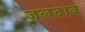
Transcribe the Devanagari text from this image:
जलदाब